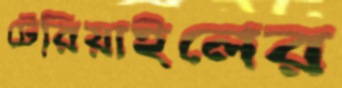
টেরিয়াইলের